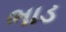
ભાડ